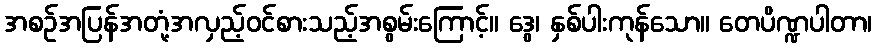
အစဉ်အပြန်အတုံ့အလှည့်ဝင်စားသည့်အစွမ်းကြောင့်။ ဒွေ၊ နှစ်ပါးကုန်သော။ တေပိဏ္ဍပါတာ၊